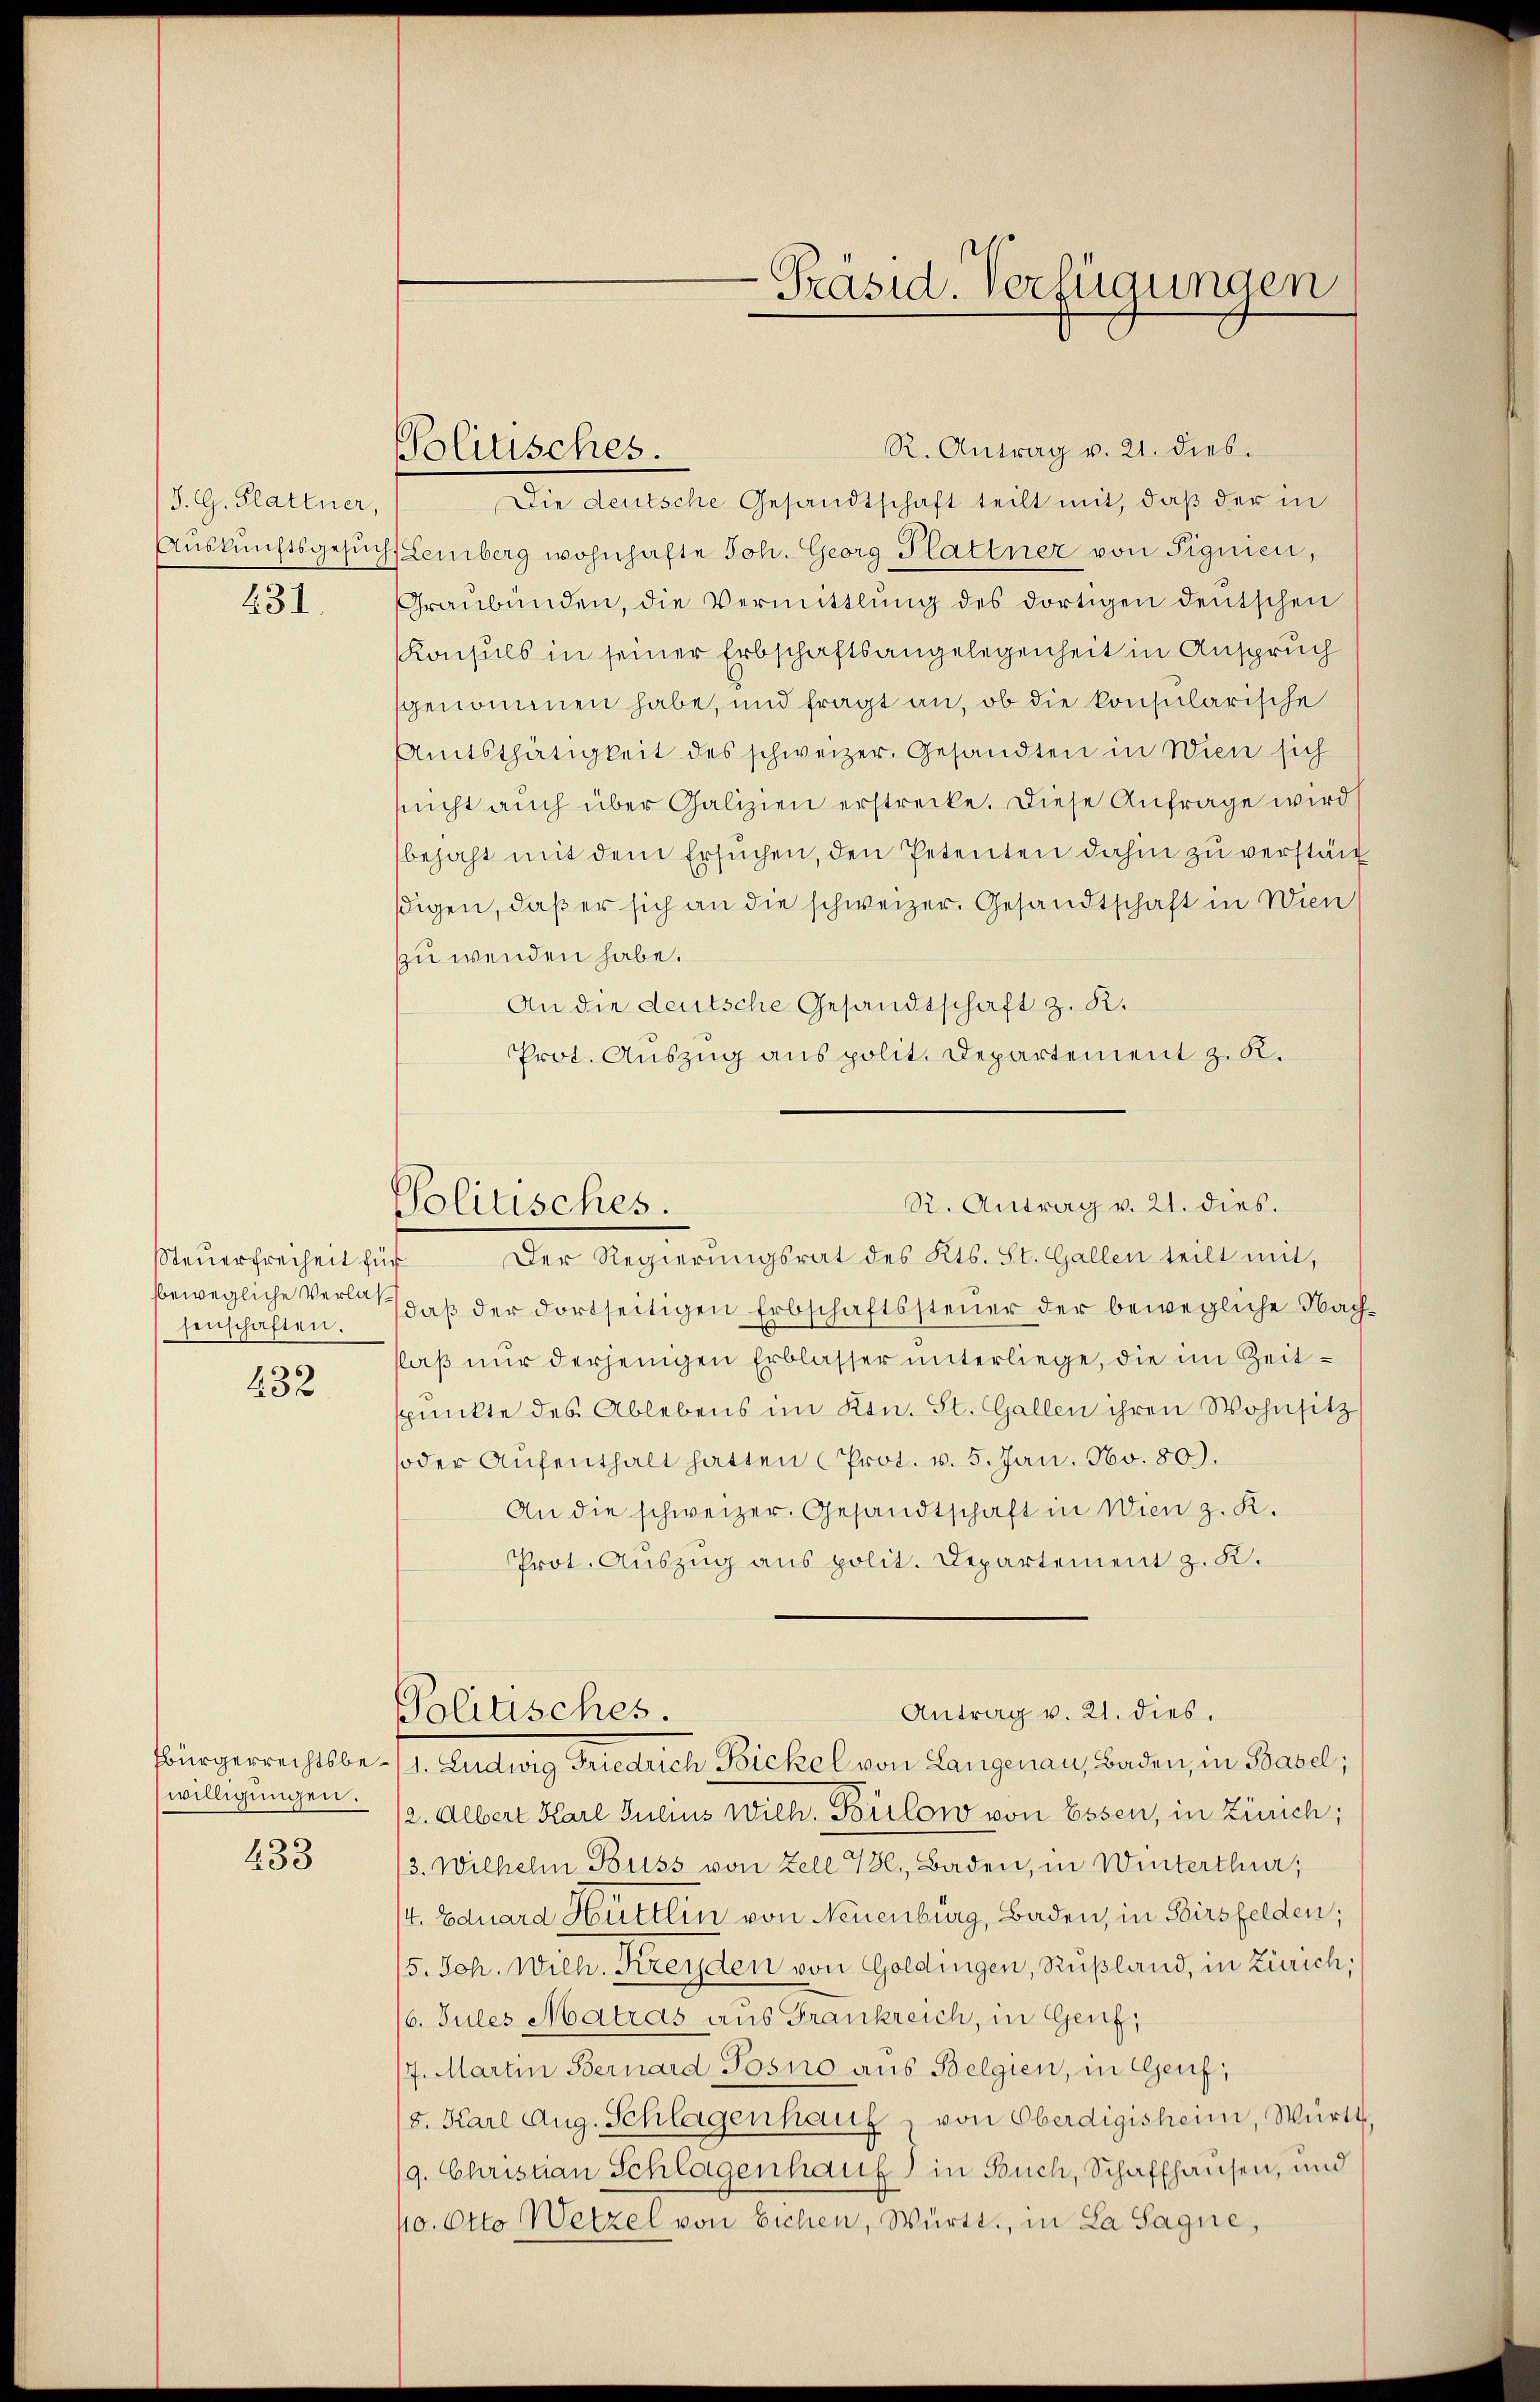
S. G. Glattner,
Auskunftsgesuch
631.

Steuerfreiheit für
senschaften.
432

willigungen.

433

Politisches.

R. Antrag v. 21. dies.
Die deutsche Gesandtschaft teilt mit, daß der in
(Lemberg wohnhafte Joh. Georg Plattner von Fignien,
Graubünden, die Vermittlung des dortigen deutschen
Konsuls in seiner Erbschaftsangelegenheit in Anspruch
sgenommen habe, und fragt an, ob die konsularische
Amtsthätigkeit des schweizer. Gesandten in Wien sich
sŭcht aŭch über Galizien erstrecke. Diese Anfrage wird
bejaht mit dem Ersŭchen, den Petenten dahin zu verstän
sigen, daß er sich an die schweizer. Gesandtschaft in Wien
zu wenden habe.
An die deutsche Gesandtschaft z. R.
Prot. Auszug aus polit. Departement z. R.
R. Antrag v. 21. dies.
Politisches.
Der Regierungsrat des Kts. St. Gallen teilt mit,
bewegliche Verle, daß der dortseitigen Erbschaftssteuer der bewegliche Nachlaß nur derjenigen Erblasser unterliege, die im Zeitspunkte des Ablebens im Ktn. St. Gallen ihren Wohnsitz
oder Aŭfenthalt hatten (Prot. v. 5. Jan. No. 80.
An die schweizer. Gesandtschaft in Wien z. R.
Prot. Auszug aus polit. Departement z. K.

Bürgerrechtsbe- (1. Ludwig Friedrich Bickel von Langenau, Baden, in Basel;
2. Albert Karl Julius Wilh. Bilow von Essen, in Zürich;
/3. Wilhelm Buss von Zell 786, Baden, in Winterthur;
/4. Eduard Hüttlin von Neuenburg, Baden, in Birsfelden;
15. Joh. Wilh. Kreyden von Goldingen, Rußland, in Zürich,
/6. Jules Matras aus Frankreich, in Genf,
7. Martin Bernard Posno aus Belgien, in Genf,
5. Karl Aug. Schlagenhaus von Oberdigisheim, Württ
/9. Christian Schlagenhauf) in Buch, Schaffhausen, und
10. Otto Wetzel von Eichen, Württ., in La Sagne,

Präsid. Verfügungen

Antrag v. 21. dies.
Politisches.